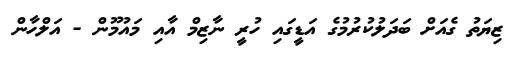
ޒިޔަތު ގެއަށް ބަދަލުކުރުމުގެ އަޑީގައި ހުރީ ނާޒިމް އާއި މައުމޫން - އަލްހާން